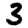
Digit: 3